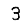
Digit: 3